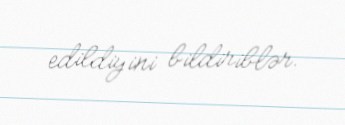
edildiyini bildiriblər.